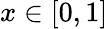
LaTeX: x\in\left[0,1\right]